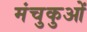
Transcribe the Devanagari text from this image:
मंचुकुओं